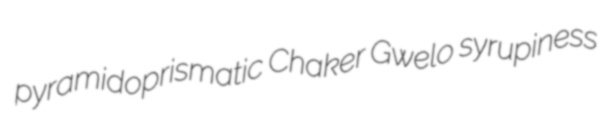
pyramidoprismatic Chaker Gwelo syrupiness